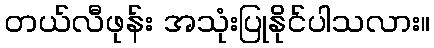
တယ်လီဖုန်း အသုံးပြုနိုင်ပါသလား။